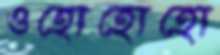
ওহোহোহো